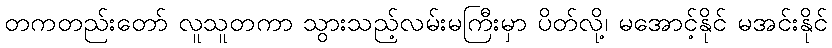
တကတည်းတော် လူသူတကာ သွားသည့်လမ်းမကြီးမှာ ပိတ်လို့၊ မအောင့်နိုင် မအင်းနိုင်